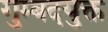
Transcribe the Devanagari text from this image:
गुम्बदयुक्त